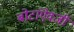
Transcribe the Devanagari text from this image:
बोटांऐवजी